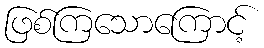
ဖြစ်ကြသောကြောင့်